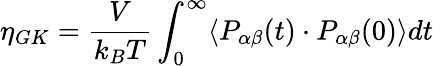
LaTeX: \eta_{GK}=\frac{V}{k_{B}T}\int_{0}^{\infty}\langle P_{\alpha\beta}(t)\cdot P_{\alpha\beta}(0)\rangle dt